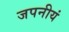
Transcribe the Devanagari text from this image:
जपनीयं